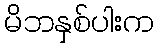
မိဘနှစ်ပါးက